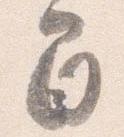
間